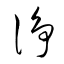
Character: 浄